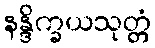
နန္ဒိက္ခယသုတ္တံ